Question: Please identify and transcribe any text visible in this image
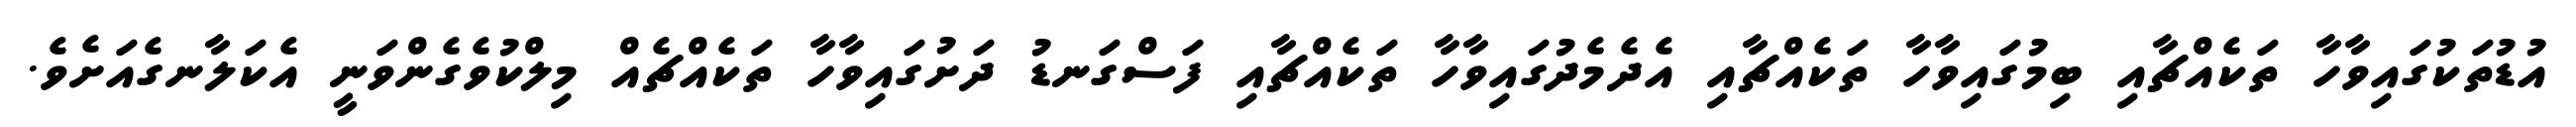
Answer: އުޑުތަކުގައިވާހާ ތަކެއްޗާއި ބިމުގައިވާހާ ތަކެއްޗާއި އެދެމެދުގައިވާހާ ތަކެއްޗާއި ފަސްގަނޑު ދަށުގައިވާހާ ތަކެއްޗެއް މިލްކުވެގެންވަނީ އެކަލާނގެއަށެވެ.